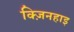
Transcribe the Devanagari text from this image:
क्ज़िनहाइ